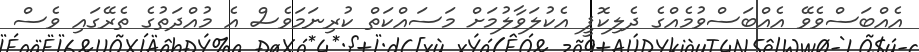
އެއްބަސްވެވޭ އެއްބަސްވުމެއްގެ ދެލިކޮޕީ އެކުލަވާލުމަށް މަސައްކަތް ކުރިނަމަވެސް އެ މުއްދަތުގެ ތެރޭގައި ވެސް